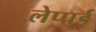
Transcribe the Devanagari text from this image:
लेप्पर्ड